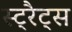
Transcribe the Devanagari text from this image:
स्ट्रैट्‍स